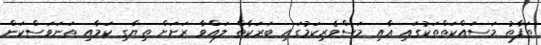
ތަފާތު މަސައްކަތްތަކުގައި އާއި މަސްވެރިކަމުގައި ބަރަކާތް ލައްވާ ރަށަށް ތިޔާގި ކަމާއި ތަނަވަސްކަން